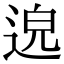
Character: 𨓅